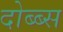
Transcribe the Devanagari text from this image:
दोब्ब्स